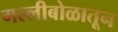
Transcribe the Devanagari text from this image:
गल्लीबोळातून